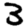
Digit: 3